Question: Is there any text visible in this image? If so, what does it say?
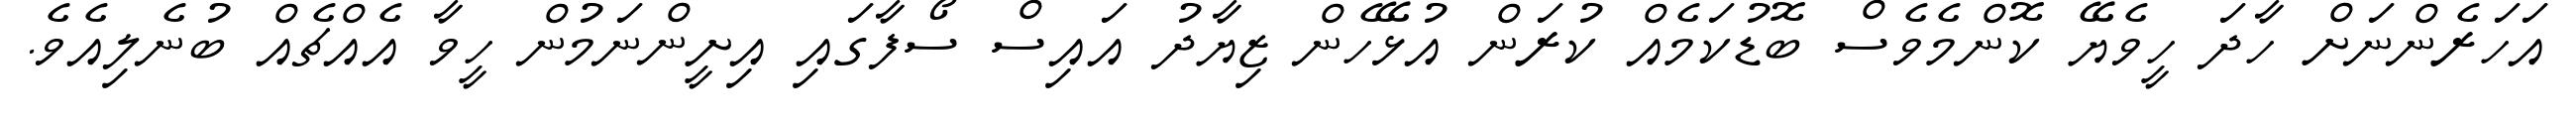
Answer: އަހަރެންނަށް ހާދަ ހީވެޔޭ ކޮންމެވެސް ބޮޑުކަމެއް ކުރަން އުޅޭހެން ޒިޔާދު އައިސް ސޯފާގައި އިށީންނަމުން ހީވާ އެއްޗެއް ބުނެލިއެވެ.